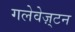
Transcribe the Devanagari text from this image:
गलेवेज़्टन